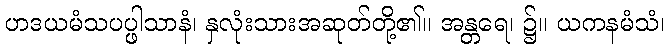
ဟဒယမံသပပ္ဖါသာနံ၊ နှလုံးသားအဆုတ်တို့၏။ အန္တရေ၊ ၌။ ယကနမံသံ၊